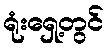
ရုံးရှေ့တွင်